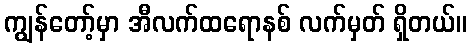
ကျွန်တော့်မှာ အီလက်ထရောနစ် လက်မှတ် ရှိတယ်။